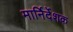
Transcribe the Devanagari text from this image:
मार्निर्देशक